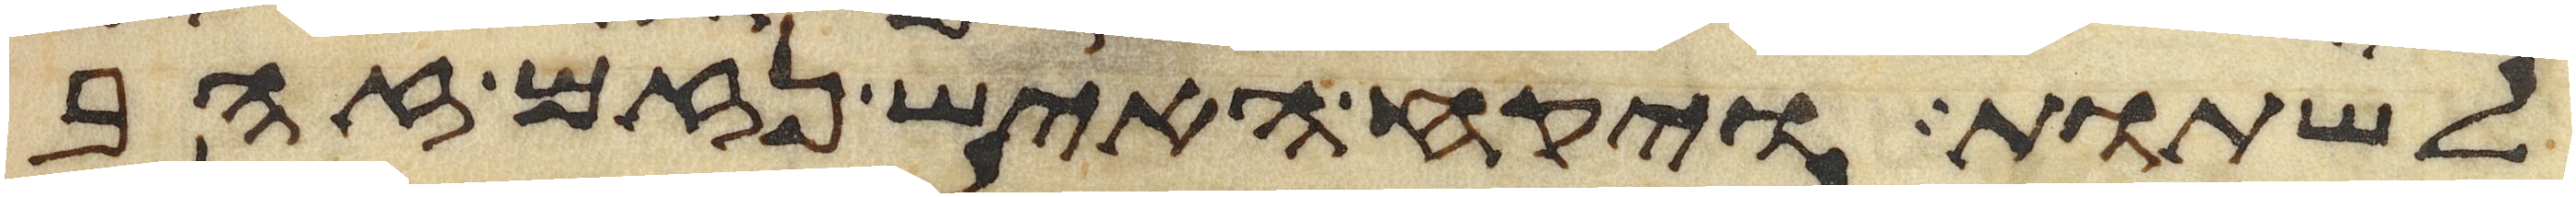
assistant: לשתות ויקח האיש נזם זהב